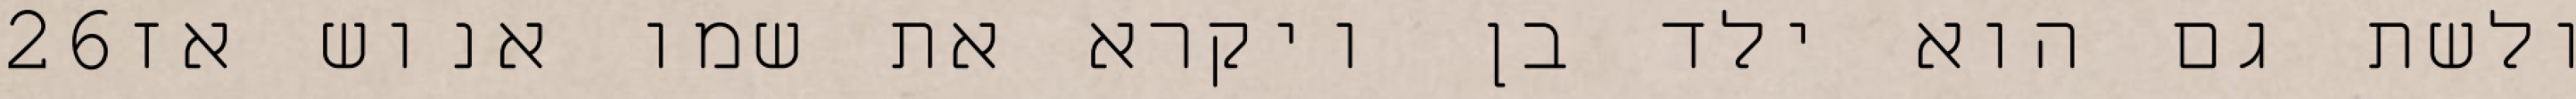
‎26‏ ולשת גם הוא ילד בן ויקרא את שמו אנוש אז